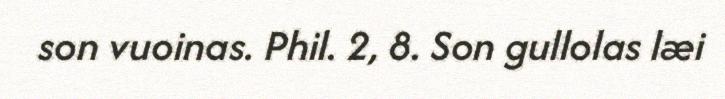
son vuoinas. Phil. 2, 8. Son gullolas læi